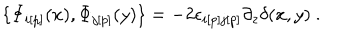
\{ { \Phi } _ { i [ p ] } ( x ) , { \Phi } _ { j [ p ] } ( y ) \} = - 2 { \epsilon } _ { i [ p ] j [ p ] } \partial _ { z } { \delta } ( x , y ) \ .